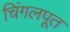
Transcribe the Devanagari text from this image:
चिंगलपूत